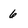
Character: 6